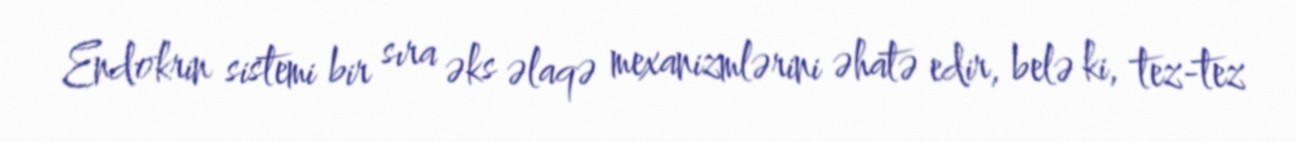
Endokrin sistemi bir sıra əks əlaqə mexanizmlərini əhatə edir, belə ki, tez-tez